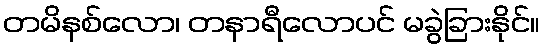
တမိနစ်လော၊ တနာရီလောပင် မခွဲခြားနိုင်။